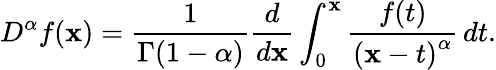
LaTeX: D^{\alpha}f(\mathbf{x})={\frac{{1}}{{\Gamma(1-\alpha)}}}{\frac{{d}}{{d\mathbf{x}}}}\int_{0}^{\mathbf{x}}{\frac{{f(t)}}{{\left(\mathbf{x}-t\right)^{\alpha}}}}\, dt.